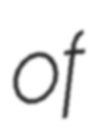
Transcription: of